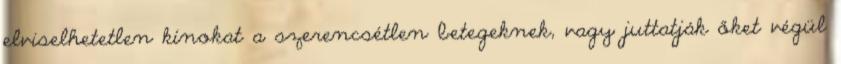
elviselhetetlen kínokat a szerencsétlen betegeknek, vagy juttatják őket végül